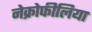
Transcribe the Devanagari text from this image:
नेक्रोफीलिया